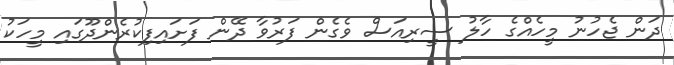
ދަން ޖެހުނު މީހެއްގެ ހާލު ސީރިއަސް ވެގެން ފަރުވާ ދޭން ފަށައިފިކުރެންދޫގައި މީހަކު